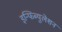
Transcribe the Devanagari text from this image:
इन्फिब्युलेशन